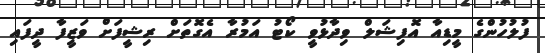
ފުލުހުންގެ މީޑިއާ އޮފިޝަލް ވިދާޅުވީ ކޯޓު އަމުރާ އެގޮތަށް ރިޝީފަށް ވަޒީފާ ދީފައި